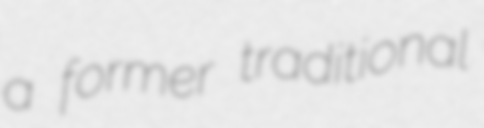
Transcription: a former traditional